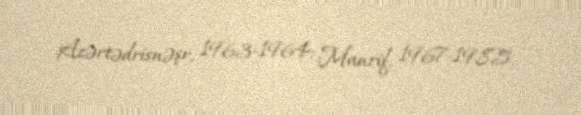
Azərtədrisnəşr, 1963-1964; Maarif, 1967-1985.